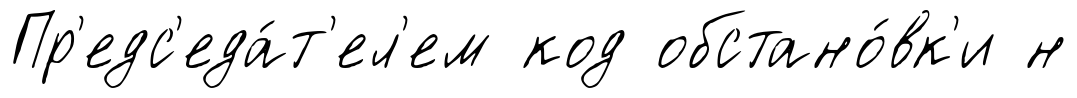
Пр'едс'еда́т'ел'ем код обстано́вк'и н